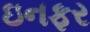
ઇનફર